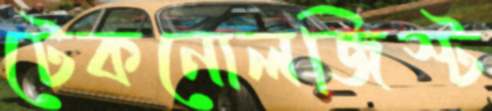
টেকনোলজিস্ট